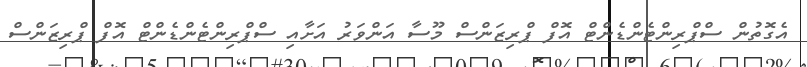
އެގޮތުން ސްޕްރިންޓެންޑެންޓް އޮފް ޕްރިޒަންސް މޫސާ އަންވަރު އަށާއި ސްޕްރިންޓެންޑެންޓް އޮފް ޕްރިޒަންސް